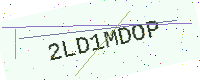
Text: 2LD1MDOP